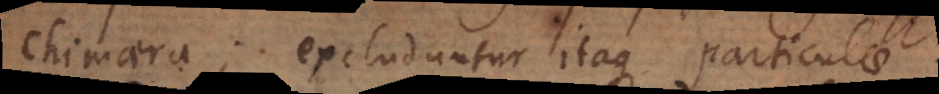
Chimaera; excluduntur itaque particulae